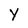
Character: y